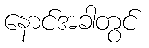
နောင်အခါတွင်